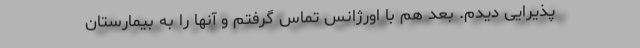
پذیرایی دیدم. بعد هم با اورژانس تماس گرفتم و آنها را به بیمارستان